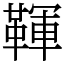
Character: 䩵